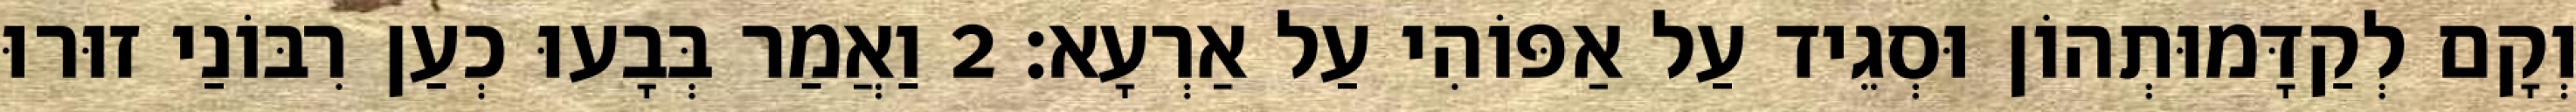
וְקָם לְקַדָּמוּתְהוֹן וּסְגֵיד עַל אַפּוֹהִי עַל אַרְעָא׃ 2 וַאֲמַר בְּבָעוּ כְעַן רִבּוֹנַי זוּרוּ